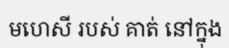
មហេសី របស់ គាត់ នៅក្នុង